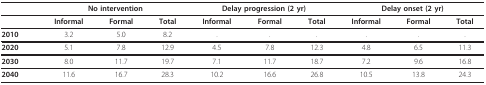
<table><thead><tr><td></td><td colspan="3"><b>No intervention</b></td><td colspan="3"><b>Delay progression (2 yr)</b></td><td colspan="3"><b>Delay onset (2 yr)</b></td></tr></thead><tbody><tr><td></td><td><b>Informal</b></td><td><b>Formal</b></td><td><b>Total</b></td><td><b>Informal</b></td><td><b>Formal</b></td><td><b>Total</b></td><td><b>Informal</b></td><td><b>Formal</b></td><td><b>Total</b></td></tr><tr><td><b>2010</b></td><td>3.2</td><td>5.0</td><td>8.2</td><td>.</td><td>.</td><td>.</td><td>.</td><td>.</td><td>.</td></tr><tr><td><b>2020</b></td><td>5.1</td><td>7.8</td><td>12.9</td><td>4.5</td><td>7.8</td><td>12.3</td><td>4.8</td><td>6.5</td><td>11.3</td></tr><tr><td><b>2030</b></td><td>8.0</td><td>11.7</td><td>19.7</td><td>7.1</td><td>11.7</td><td>18.7</td><td>7.2</td><td>9.6</td><td>16.8</td></tr><tr><td><b>2040</b></td><td>11.6</td><td>16.7</td><td>28.3</td><td>10.2</td><td>16.6</td><td>26.8</td><td>10.5</td><td>13.8</td><td>24.3</td></tr></tbody></table>